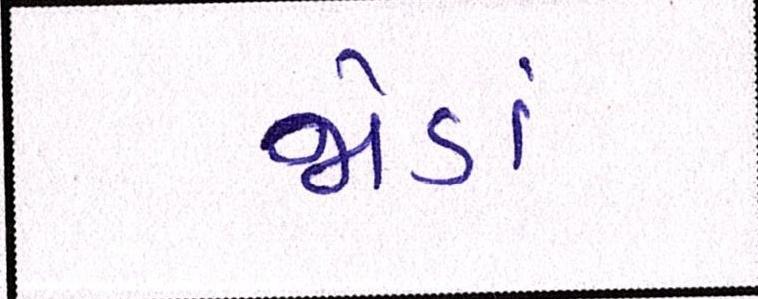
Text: જોડાં